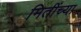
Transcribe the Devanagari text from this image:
मितींच्या